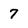
Character: 7